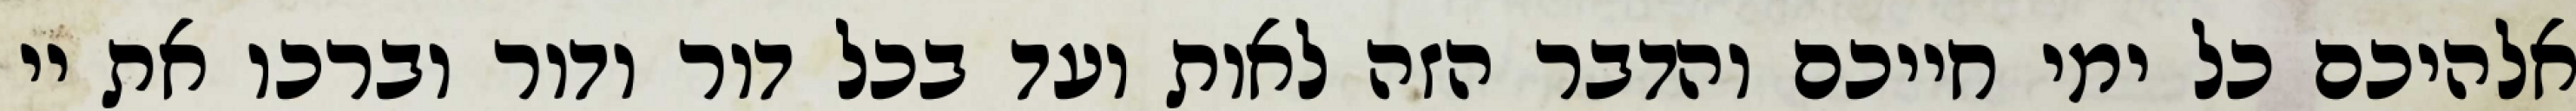
אלהיכם כל ימי חייכם והדבר הזה לאות ועד בכל דור ודור וברכו את יי